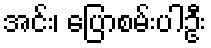
အင်း၊ ပြောစမ်းပါဦး